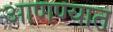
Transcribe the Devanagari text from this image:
आणण्यात